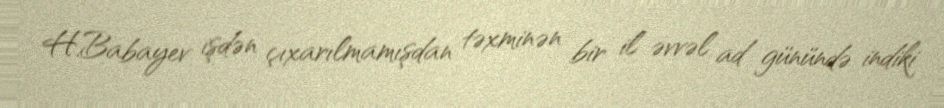
H.Babayev işdən çıxarılmamışdan təxminən bir il əvvəl ad günündə indiki